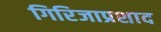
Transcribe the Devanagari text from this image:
गिरिजाप्रशाद